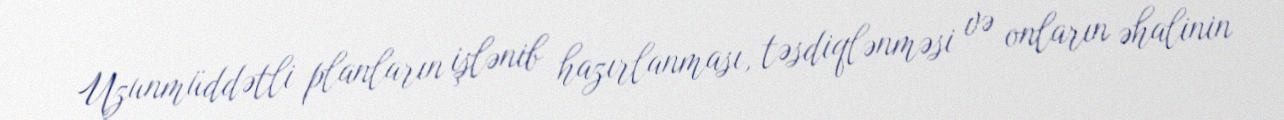
Uzunmüddətli planların işlənib hazırlanması, təsdiqlənməsi və onların əhalinin